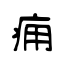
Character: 痈